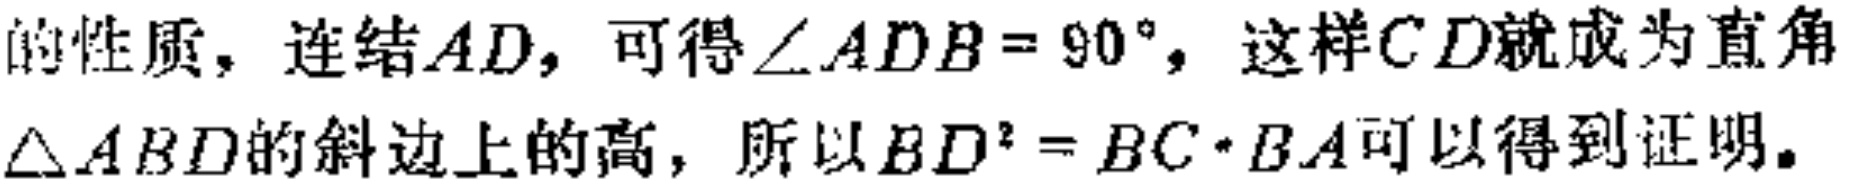
的性质，连结\(AD\)，可得\(\angle ADB = 90^{\circ}\)，这样\(CD\)就成为直角
\(\triangle ABD\)的斜边上的高，所以\(BD^{2}=BC\cdot BA\)可以得到证明。